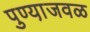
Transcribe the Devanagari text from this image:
पुण्या़जवळ